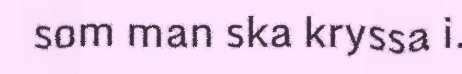
som man ska kryssa i.